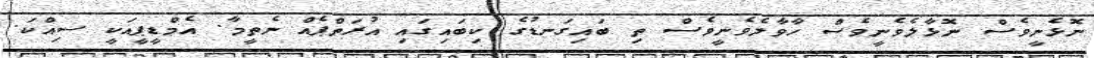
ނޮޅެނީވެސް ނޮޅާލެވެނީވެސް ހާވާލެވެނީވެސް ތި ބައިގަނޑުގެ ކިބައިގައި އުރަތްޕެއް ނެތީމާ. އެމްޑީޕީއަކީ ސިއްކަ.